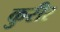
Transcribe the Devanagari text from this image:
कुरीर